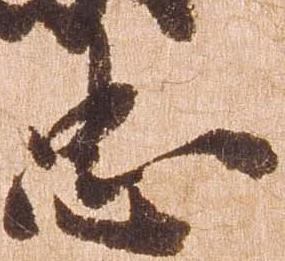
忠